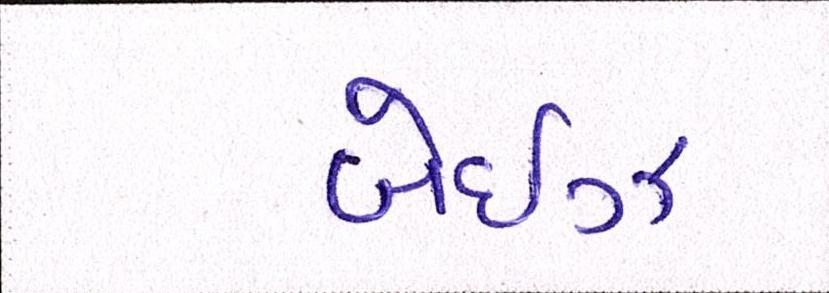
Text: બેઈઝ